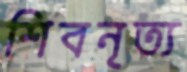
শিবনৃত্য